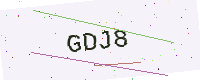
Text: GDJ8